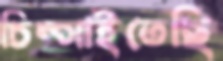
চিম্‌সাইতেছি